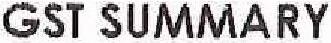
GST SUMMARY